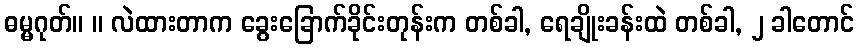
ဓမ္မဂုတ်။ ။ လဲထားတာက ခွေးခြောက်ခိုင်းတုန်းက တစ်ခါ, ရေချိုးခန်းထဲ တစ်ခါ, ၂ ခါတောင်